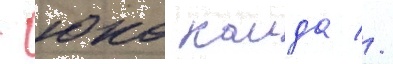
- юко каида //